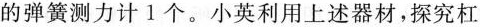
的弹簧测力计1个。小英利用上述器材，探究杠